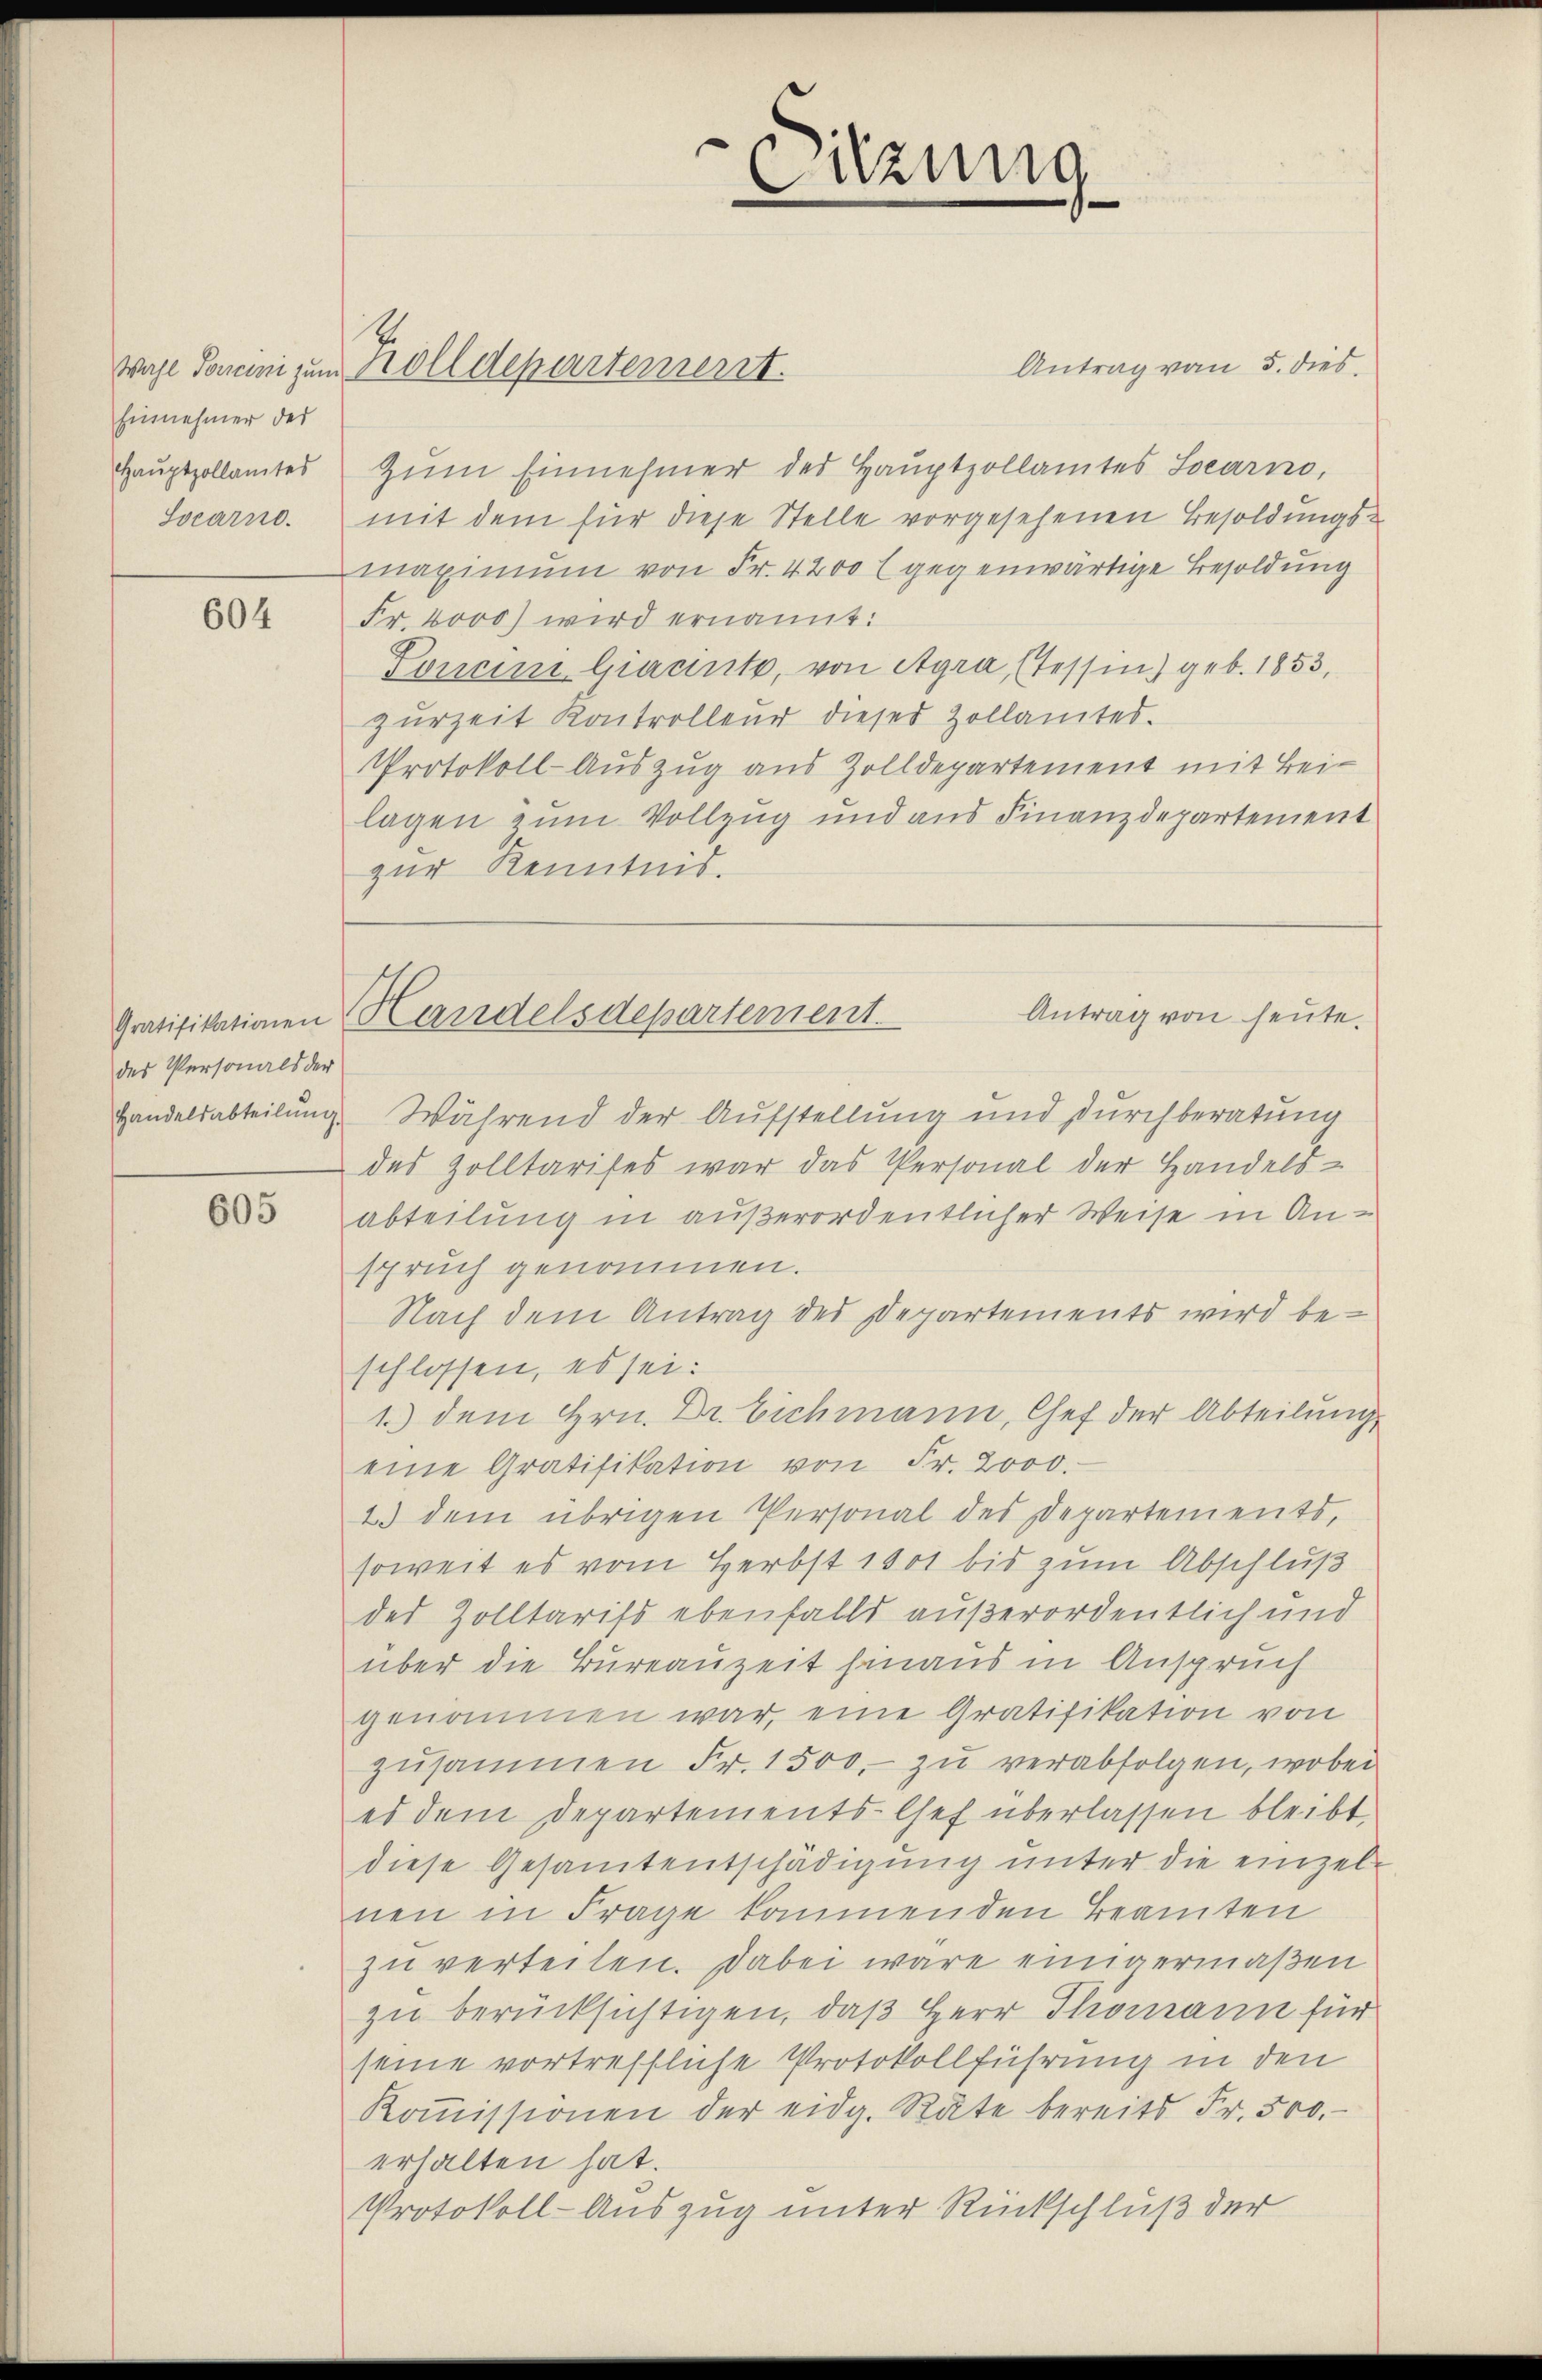
Einnehmer der

604

des Personals der

605

Antrag von 5. dies
Haŭptzollamtes zŭm Einnehmer des Haŭptzollamtes Locarno,
Socarno. mit dem für diese Stelle vorgesehenen Besoldungsmaximum von Fr. 4200 (gegenwärtige Besoldung
Fr. 6000 wird ernannt:
Ponein Giacinto, von Agra, (Tessin) geb. 1853,
zurzeit Kontrolleur dieser Zollamtes.
Protokoll-Auszug aus Zolldepartement mit Bei-
lagen zum Vollzug und aus Finanzdepartement
zur Kenntnis.

Wahl Sonen zum Zolldepartement.

Sitzung
.

Antrag von heute.
Gratifikationen Handelsdepartement

Handelsabteilung. Während der Aufstellung und durchberatung
des Zolltarises war das Personal der Handels-
abteilung in außerordentlicher Weise in Anspruch genommen.
Nach dem Antrag des Departements wird beschlossen, es sei:
1) dem Hrn. Dr. Eichmann, Chef der Abteilung
eine Gratifikation von Fr. 2000.
2) dem übrigen Personal des Departements,
soweit es vom Herbst 1801 bis zum Abschluß
des Zolltarifs ebenfalls außerordentlich und
über die Bureauzeit hinaus in Anspruch
genommen war, eine Gratifikation von
zusammen Fr. 1500. zu verabfolgen, wobei
es dem Departements-Chef überlassen bleibt,
diese Gesamtentschädigung unter die einzelnen in Frage kommenden Beamten
zu verteilen. Dabei wäre einigermaßen
zu berücksichtigen, daß Herr Thomann für
seine vortreffliche Protokollführung in den
Koṁissionen der eidg. Räte bereits Fr. 500.
erhalten hat.
Protokoll-Auszug unter Rückschluß der